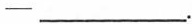
—___.